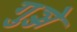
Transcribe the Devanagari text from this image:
गुञ्जे